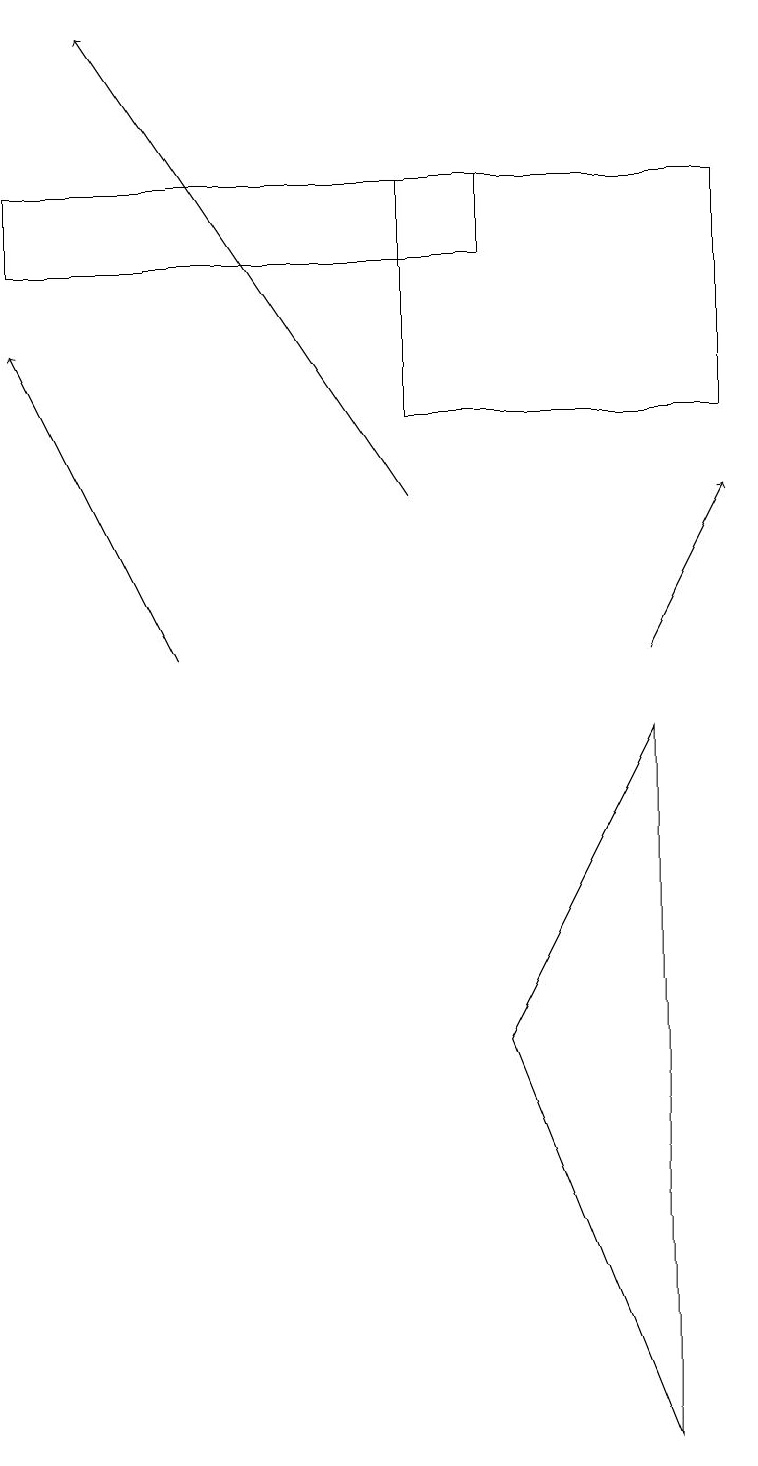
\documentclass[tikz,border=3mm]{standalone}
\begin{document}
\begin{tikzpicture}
\draw[->] (2,10) -- (0,14);
\draw (5,13) rectangle (9,16);
\draw[->] (5,12) -- (1,18);
\draw (6,5) -- (8,0) -- (8,9) -- cycle;
\draw[->] (8,10) -- (9,12);
\draw (0,15) rectangle (6,16);
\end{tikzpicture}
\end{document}